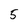
Character: 5